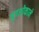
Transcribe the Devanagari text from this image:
पुत्रशोकाने